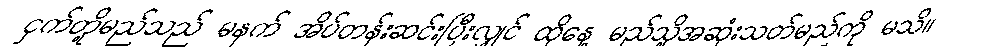
ငှက်တို့မည်သည် မနက် အိပ်တန်းဆင်းပြီးလျှင် ထိုနေ့ မည်သို့အဆုံးသတ်မည်ကို မသိ။